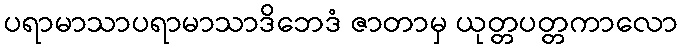
ပရာမာသာပရာမာသာဒိဘေဒံ ဇာတာမှ ယုတ္တပတ္တကာလော